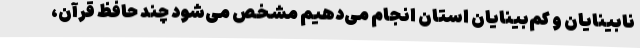
نابینایان و کم‌بینایان استان انجام می‌دهیم مشخص می‌شود چند حافظ قرآن،